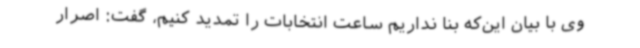
وی با بیان این‌که بنا نداریم ساعت انتخابات را تمدید کنیم، گفت: اصرار